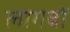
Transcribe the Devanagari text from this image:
लागबों